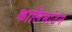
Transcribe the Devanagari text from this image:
कालिमांटन